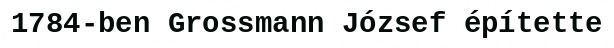
1784-ben Grossmann József építette